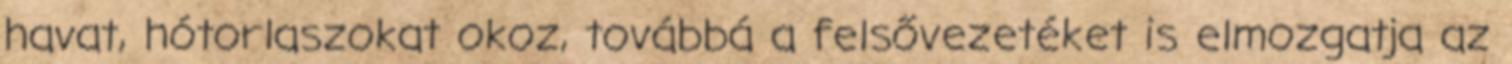
havat, hótorlaszokat okoz, továbbá a felsővezetéket is elmozgatja az